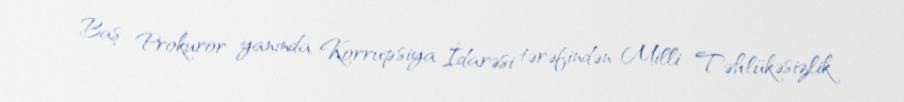
Baş Prokuror yanında Korrupsiya İdarəsi tərəfindən Milli Təhlükəsizlik